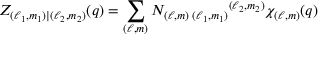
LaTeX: Z _ { ( \ell _ { 1 } , m _ { 1 } ) | ( \ell _ { 2 } , m _ { 2 } ) } ( q ) = \sum _ { ( \ell , m ) } N _ { ( \ell , m ) \; ( \ell _ { 1 } , m _ { 1 } ) } { } ^ { ( \ell _ { 2 } , m _ { 2 } ) } \chi _ { ( \ell , m ) } ( q )